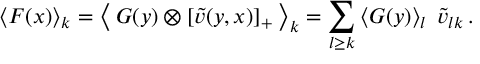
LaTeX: \left< F ( x ) \right> _ { k } = \left< \, G ( y ) \otimes [ \tilde { v } ( y , x ) ] _ { + } \, \right> _ { k } = \sum _ { l \ge k } \left< G ( y ) \right> _ { l } \; \tilde { v } _ { l k } \, .